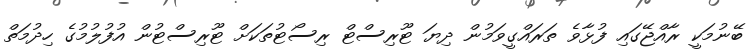
ބޭނުމަކީ ރާއްޖޭގައި ފުޅާވެ ތަރައްގީވަމުން ދިޔަ ޓޫރިސްޓް ރިސޯޓުތަކަށް ޓޫރިސްޓުން އުފުލުމުގެ ހިދުމަތް